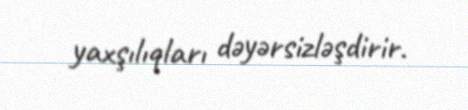
yaxşılıqları dəyərsizləşdirir.